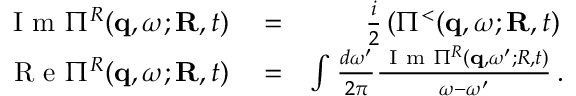
\begin{array} { r l r } { \mathrm { ~ I ~ m ~ } \Pi ^ { R } ( { \bf q } , \omega ; { \bf R } , t ) } & { { } = } & { \frac { i } { 2 } \left( \Pi ^ { < } ( { \bf q } , \omega ; { \bf R } , t ) \right. } \\ { \mathrm { ~ R ~ e ~ } \Pi ^ { R } ( { \bf q } , \omega ; { \bf R } , t ) } & { { } = } & { \int \frac { d \omega ^ { \prime } } { 2 \pi } \frac { \mathrm { ~ I ~ m ~ } \Pi ^ { R } ( { \bf q } , \omega ^ { \prime } ; R , t ) } { \omega - \omega ^ { \prime } } \, . } \end{array}